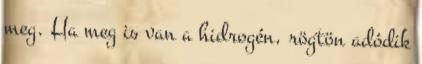
meg. Ha meg is van a hidrogén, rögtön adódik